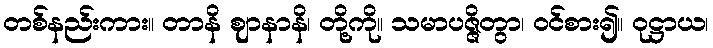
တစ်နည်းကား။ တာနိ ဈာနာနိ၊ တို့ကို။ သမာပဇ္ဇိတွာ၊ ဝင်စား၍။ ဝုဋ္ဌာယ၊